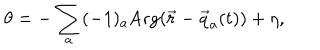
LaTeX: \theta = - \sum _ { a } ( - 1 ) _ { a } \mathrm { A r g } ( \vec { r } - \vec { q } _ { a } ( t ) ) + \eta ,